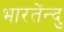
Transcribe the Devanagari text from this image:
भारतेंन्दु